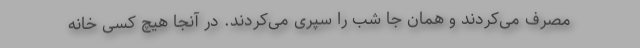
مصرف می‌کردند و همان جا شب را سپری می‌کردند. در آنجا هیچ کسی خانه